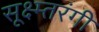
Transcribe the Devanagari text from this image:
सूक्ष्म्तरंगी